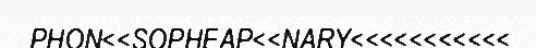
PHON<<SOPHEAP<<NARY<<<<<<<<<<<